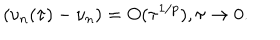
( \nu _ { n } ( \tau ) - \nu _ { n } ) = O ( \tau ^ { 1 / p } ) , \tau \rightarrow 0 .